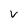
Character: V